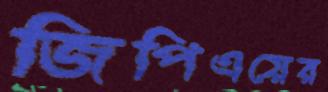
জিপিএয়ের